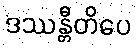
ဒဿန္တီတိပေ